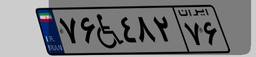
۷۶W۴۸۲۷۶